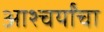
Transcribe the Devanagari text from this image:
आश्चर्यांचा